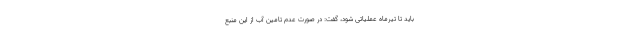
باید تا تیرماه عملیاتی شود، گفت: در صورت عدم تامین آب از این منبع